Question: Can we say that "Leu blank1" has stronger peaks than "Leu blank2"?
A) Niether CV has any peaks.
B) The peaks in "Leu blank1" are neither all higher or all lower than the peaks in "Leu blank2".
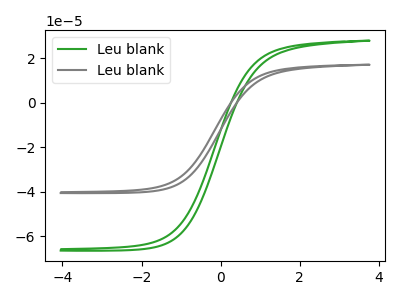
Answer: <think>The green curve "Leu blank1" has no peaks. The gray curve "Leu blank2" has no peaks.</think>
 <answer>A) Niether CV has any peaks.</answer>
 <eval>A</eval>